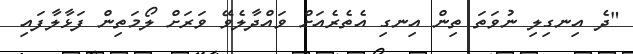
"ދެ އިނގިލި ނުވަތަ ތިން އިނގި އެތެރެއަށް ވައްދާލެވޭ ވަރަށް ލޯމަތިން ފަޅާލާފައި